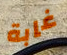
غابة